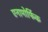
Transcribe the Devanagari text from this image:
एनामोर्फिक